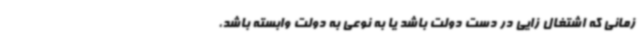
زمانی که اشتغال زایی در دست دولت باشد یا به نوعی به دولت وابسته باشد،